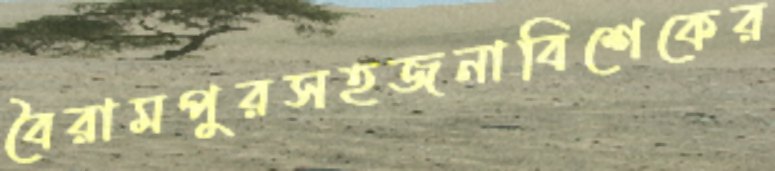
বৈরামপুরসহজনাবিশেকের